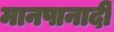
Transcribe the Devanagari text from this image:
मानपानादी